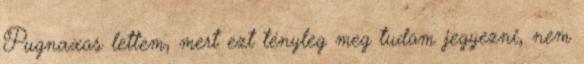
Pugnaxos lettem, mert ezt tényleg meg tudom jegyezni, nem